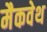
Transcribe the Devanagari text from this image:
मैकवेथ